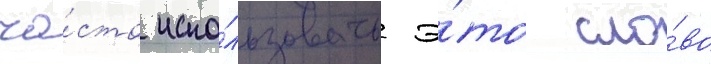
ча́сто испо́льзовать э́то сло́во